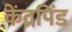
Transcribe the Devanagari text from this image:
केंद्रपिंड